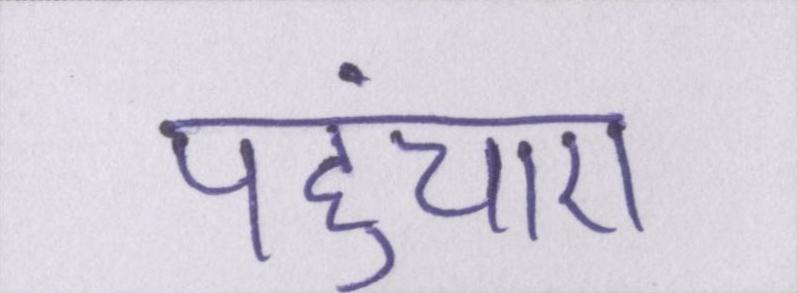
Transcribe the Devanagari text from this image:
पहुंचाए